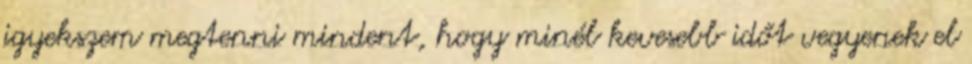
igyekszem megtenni mindent, hogy minél kevesebb időt vegyenek el